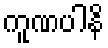
ကူဏပါနိ